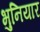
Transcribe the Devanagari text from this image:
भुनियार